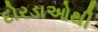
દોરડાઓથી